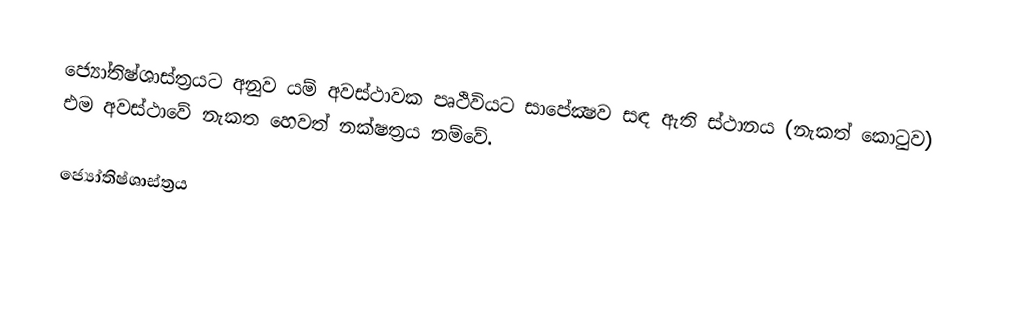
ජ්‍යෝතිෂ්ශාස්ත්‍රයට අනුව යම් අවස්ථාවක පෘථිවිය‍ට සා‍පේක්‍ෂව සඳ ඇති ස්ථානය (නැකත් කොටුව) එම අවස්ථාවේ නැකත හෙවත් නක්ෂත්‍රය නම්වේ.

ජ්‍යෝතිෂ්ශාස්ත්‍රය